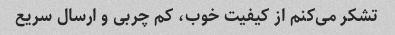
تشکر می‌کنم از کیفیت خوب، کم چربی و ارسال سریع